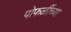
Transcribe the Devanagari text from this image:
पोफळींच्या